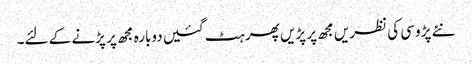
نئے پڑوسی کی نظریں مجھ پر پڑیں پھر ہٹ گئیں دوبارہ مجھ پر پڑنے کے لئے۔